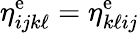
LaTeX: \eta_{ijk\ell}^{\mathrm{e}}=\eta_{k\ell ij}^{\mathrm{e}}